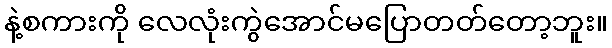
နဲ့စကားကို လေလုံးကွဲအောင်မပြောတတ်တော့ဘူး။